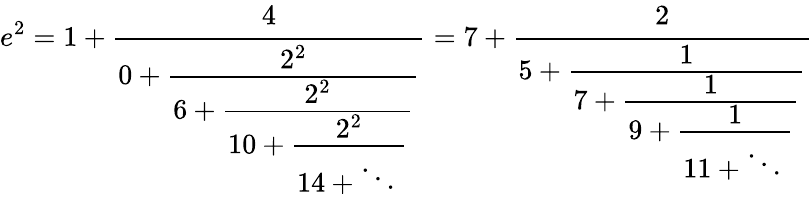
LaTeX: e^{2}=1+{\cfrac{4}{0+{\cfrac{2^{2}}{6+{\cfrac{2^{2}}{10+{\cfrac{2^{2}}{14+\ddots\, }}}}}}}}=7+{\cfrac{2}{5+{\cfrac{1}{7+{\cfrac{1}{9+{\cfrac{1}{11+\ddots\, }}}}}}}}